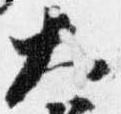
大